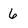
Character: 6